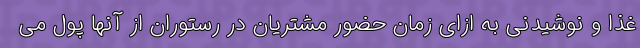
غذا و نوشیدنی به ازای زمان حضور مشتریان در رستوران از آنها پول می